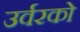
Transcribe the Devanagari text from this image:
उर्वरको